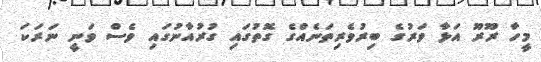
މީހާ ރޫރޫ އަޅާ ވަރުގެ ބިރުވެރިތަނެެއްގެ ގޮތުގައި ގުރުއާނުގައި ވެސް ވަނީ ނަރަކަ